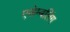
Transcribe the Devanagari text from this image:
एसेम्बलिंग